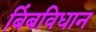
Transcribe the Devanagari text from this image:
बिंबविधान